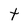
Character: t